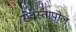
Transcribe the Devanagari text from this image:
सेवस्तापोल